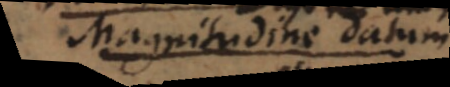
magnitudine datum.